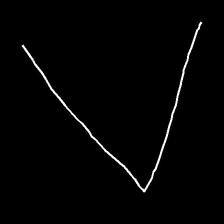
Glyph: region